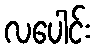
လပေါင်း